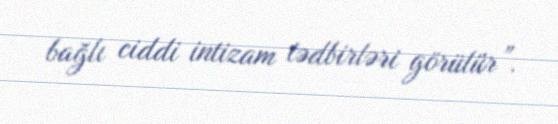
bağlı ciddi intizam tədbirləri görülür”.